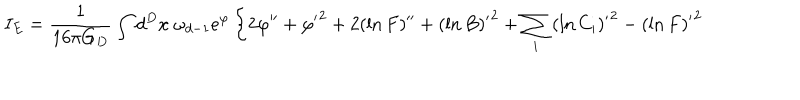
I _ { E } = { \frac { 1 } { 1 6 \pi G _ { D } } } \int d ^ { D } x \ \omega _ { d - 1 } e ^ { \varphi } \left\{ 2 \varphi ^ { \prime \prime } + { \varphi ^ { \prime } } ^ { 2 } + 2 ( \ln F ) ^ { \prime \prime } + { ( \ln B ) ^ { \prime } } ^ { 2 } + \sum _ { i } { ( \ln C _ { i } ) ^ { \prime } } ^ { 2 } - { ( \ln F ) ^ { \prime } } ^ { 2 } \right.